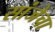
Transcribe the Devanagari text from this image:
सांजेचा